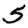
Digit: 5